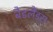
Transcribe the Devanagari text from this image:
बैडलैंड्स